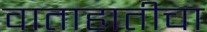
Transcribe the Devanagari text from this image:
वाताहातीचा